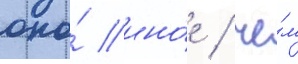
оно́ ино́е / че́м